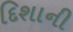
દિશાની